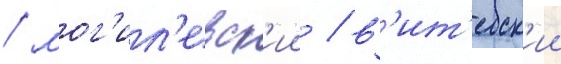
/ мог'ил'евск'ии / в'ит'ебск'ии